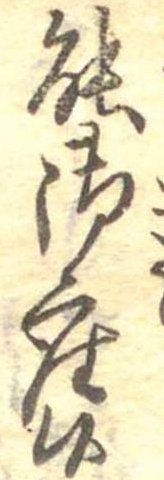
能御座候